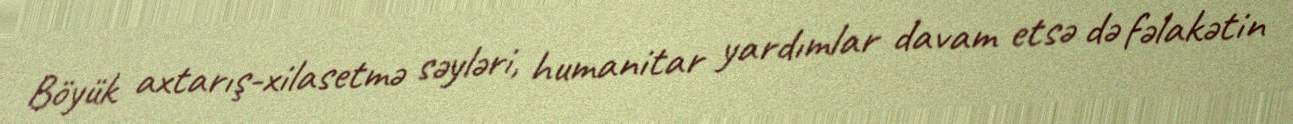
Böyük axtarış-xilasetmə səyləri, humanitar yardımlar davam etsə də fəlakətin